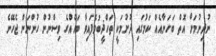
ނުދިނުމަށް އޮތް ބަހަނާއެއް ކަމުގައި ދުށުމަކީ ތަހްޛީބުވެފައިވާ ބައެއްގެ ވިސްނުން ހުންނަން ޖެހޭނެ